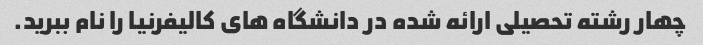
چهار رشته تحصیلی ارائه شده در دانشگاه های کالیفرنیا را نام ببرید.